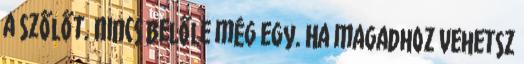
a szőlőt. Nincs belőle még egy. Ha magadhoz vehetsz